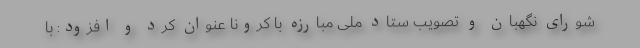
شورای نگهبان و تصویب ستاد ملی مبارزه با کرونا عنوان کرد و افزود: با